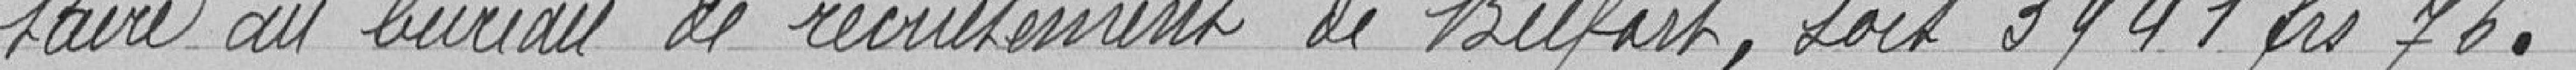
taiere au bureau de recrutement de Belfort, soit 3941 francs 76.